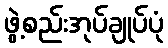
ဖွဲ့စည်းအုပ်ချုပ်ပုံ